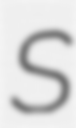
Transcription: S